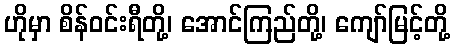
ဟိုမှာ စိန်ဝင်းရီတို့၊ အောင်ကြည်တို့၊ ကျော်မြင့်တို့